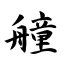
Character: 艟